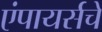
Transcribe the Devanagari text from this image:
एंपायर्सचे